Report of the Indian Hemp Drugs Commission, 1894-1895 - Volume III
Year: 1894
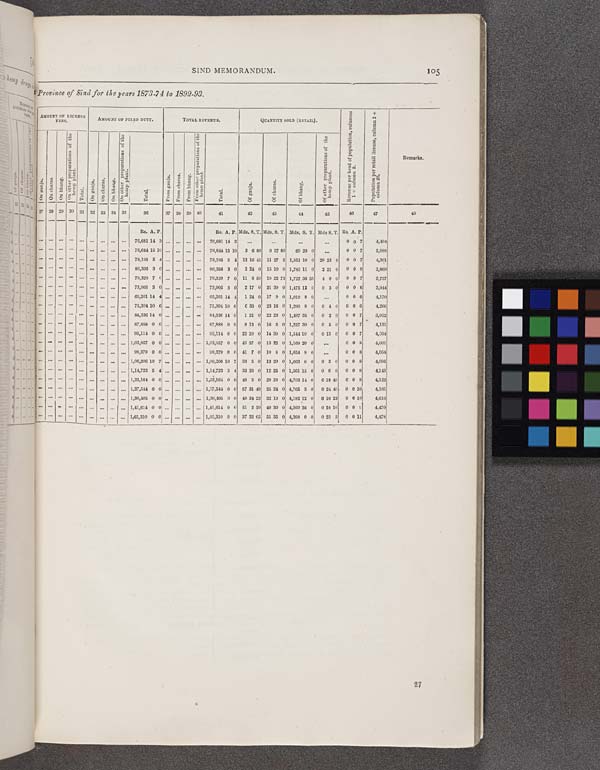
SIND MEMORANDUM.
105
Provi nce of Sind for the years 1873-74 to 1892-93.
AMOUNT OF LICENSE
FEES.
AMOUNT OF FIXED DUTY.
TOTAL REVENUE.
QUANTITY SOLD (RETAIL).
Revenue per head of population, columns
1 ÷ column 2.
Population per retail license, column 2 ÷
column 26.
Remarks.
On ganja.
On charas.
On bhang.
O n other preparations of the
hemp plant.
Total.
On ganja.
On charas.
On bhang.
O n other preparations of the
hemp plant.
Total.
From ganja.
From charas.
From bhang.
From other preparations of the
hemp plant.
Total.
Of ganja.
Of charas.
Of bhang.
Of other preparations of the
hemp plant.
Revenue per head of population, columns
1 ÷ column 2.
Population per retail license, column 2 ÷
column 26.
Remarks.
27 28 29 30 31 32 33 34 35
36
37 38 39 40
41
42
43
44
45
46
47
48
Rs. A. P.
Rs. A. P. Mds. S.T. Mds. S. T. Mds. S. T. Mds S. T. Rs. A. P.
76,681 14 3
76,681 14 3
0 0 7
4,494
76,644 15 10
76,644 15 10 3 6 60 0 37 60
60 20 0
0 0 7
5,088
78,195 5 4
78,195 5 4 12 16 45 11 27 5 1,851 10 0 29 23 0
0 0 7
4,301
86,366 3 0
86,366 3 0
2 24 0 15 10 0 1,785 11 0
2 21 0
0 0 8
3,869
79,320 7 0
79,320 7 0 11 8 59 19 22 73 1,727 36 55 4 0 0
0 0 7
3,757
73,905 3 0
73,905 3 0
2 17 0 21 39 0 1,475 12 0
0 3 0
0 0 6
3,944
65,201 14 4
65,201 14 4
1 24 0 17 9 0 1,019 8 0
0 0 6
4,170
76,304 10 6
75,304 10 6
0 33 0 23 16 0 1,290 8 0
0 4 0
0 0 6
4,266
84,336 14 0
84,336 14 0
1 21 0 22 23 0 1,497 35 0
0 2 0
0 0 7
3,912
87,888 0 0
87,888 0 0
9 13 0 16 5 0 1,227 30 0
0 5 0
0 0 7
4,131
95,114 0 0
95,114 0 0 22 20 0 14 39 0 1,544 10 0
0 13 0
0 0 7
4,054
1,03,857 0 0
1,03,867 0 0 43 37 0 13 22 0 1,169 20 0
0 0 8
4,001
98,379 0 0
98,379 0 0 41 7 0 10 8 0 1,654 8 0
0 0 8
4,054
1,06,206 10 7
1,06,206 10 7 33 5 0 13 20 0 1,663 0 0
0 3 0
0 0 8
4,095
1,14,723 5 4
1,14,723 5 4 33 26 0 12 25 0 1,661 15 0
0 6 0
0 0 9
4,143
1,23,164 0 0
1,23,164 0 0 48 5 0 29 26 0 4,703 14 0
0 18 40 0 0 8
4,122
1,37,544 0 0
1,37,544 0 0 57 31 40 35 24 0 4,765 3 0
0 24 40 0 0 10
4,165
1,36,405 0 0
1,36,405 0 0 48 34 23 32 10 0 4,182 12 0
0 16 23 0 0 10
4,616
1,41,614 0 0
1,41,614 0 0 51 2 20 40 30 0 4,260 36 0
0 18 10 0 0 9
4,470
1,65,310 0 0
1,65,310 0 0 37 32 65 55 35 0 4,268 0 0
0 23 5
0 0 11
4,478
27